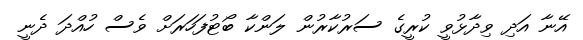
އޭނާ އަދި ވިދާޅުވީ ކުރީގެ ސަރުކާރުން ލަންކާ ބޯޓުފަހަރަށް ވެސް ހުއްދަ ދެނީ